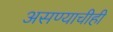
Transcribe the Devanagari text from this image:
असण्याचीही